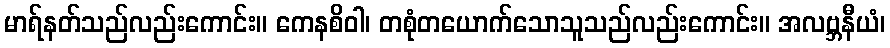
မာရ်နတ်သည်လည်းကောင်း။ ကေနစိဝါ၊ တစုံတယောက်သောသူသည်လည်းကောင်း။ အလဗ္ဘနီယံ၊